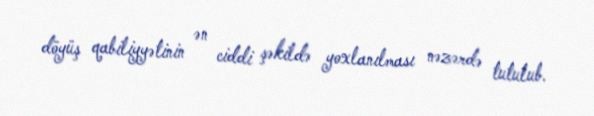
döyüş qabiliyyətinin ən ciddi şəkildə yoxlanılması nəzərdə tutulub.